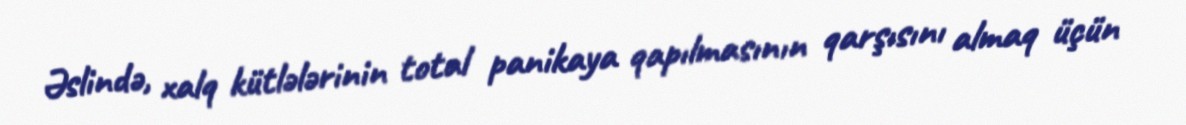
Əslində, xalq kütlələrinin total panikaya qapılmasının qarşısını almaq üçün